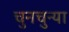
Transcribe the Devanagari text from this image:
चुनचुन्या